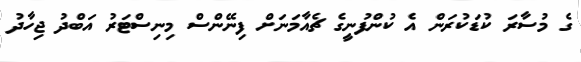
ގެ މުސާރަ ކުޑަކުރަން އެ ކުންފުނީގެ ޗެއާމަނަށް ފިނޭންސް މިނިސްޓަރު އަބްދު ޖިހާދު